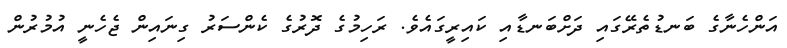
އަންހެނާގެ ބަނޑުތެރޭގައި ދަށްބަނޑާއި ކައިރީގައެވެ. ރަހިމުގެ ދޮރުގެ ކެންސަރު ގިނައިން ޖެހެނީ އުމުރުން